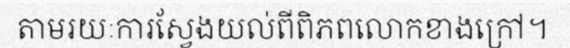
តាមរយៈការស្វែងយល់ពីពិភពលោកខាងក្រៅ។